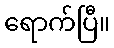
ရောက်ပြီ။